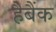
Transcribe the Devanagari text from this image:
हैबैंक